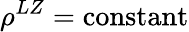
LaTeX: \rho^{LZ}=\mathrm{constant}